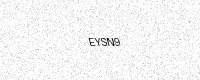
Text: EYSN9